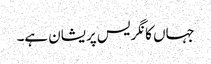
جہاں کانگریس پریشان ہے۔